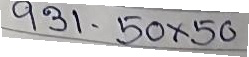
931 - 50 x 50